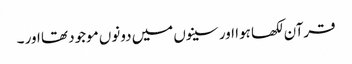
قرآن لکھا ہوا اور سینوں میں دونوں‌ موجود تھا اور ۔